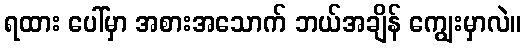
ရထား ပေါ်မှာ အစားအသောက် ဘယ်အချိန် ကျွေးမှာလဲ။